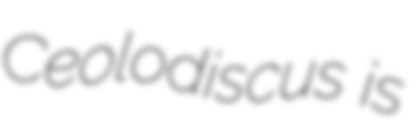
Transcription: Ceolodiscus is